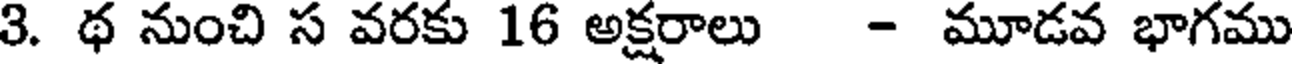
3. థ నుంచి స వరకు 16 అక్షరాలు - మూడవ భాగము